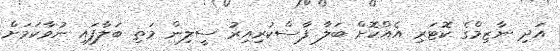
އަދި ނާޒިމްގެ ކޮޓަރި އެއްކޮށް ބަލާ ފާސްކުރިއިރު ސީލިން މަތި ބަލާފައި ނުވާކަމަށް